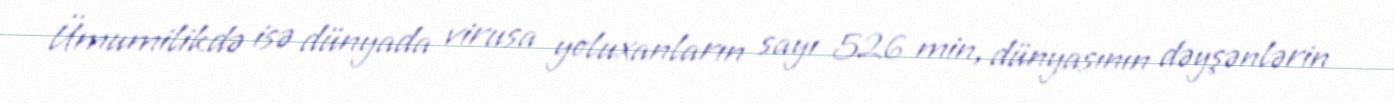
Ümumilikdə isə dünyada virusa yoluxanların sayı 526 min, dünyasının dəyşənlərin